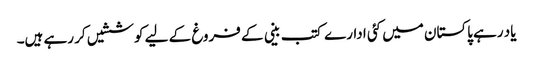
یاد رہے پاکستان میں کئی ادارے کتب بینی کے فروغ کے لیے کوششیں کر رہے ہیں۔